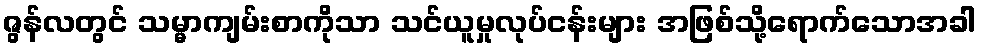
ဇွန်လတွင် သမ္မာကျမ်းစာကိုသာ သင်ယူမှုလုပ်ငန်းများ အဖြစ်သို့ရောက်သောအခါ